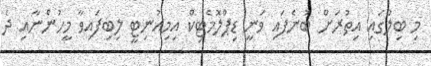
މި ބިލުގައި އިތުރަށް ބުނެފައި ވަނީ ޑިޕްލޮމެޓިކް އިމިއުނިޓީ ލިބިފައިވާ މީހުންނާއި ދެ